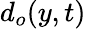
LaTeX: d_{o}(y,t)